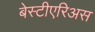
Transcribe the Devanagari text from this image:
बेस्टीएरिअस